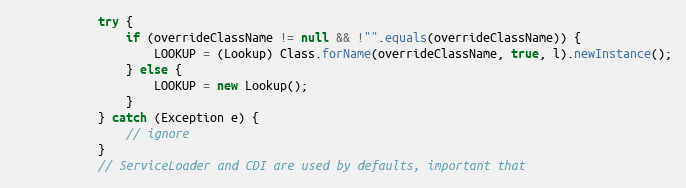
Language: Java
            try {
                if (overrideClassName != null && !"".equals(overrideClassName)) {
                    LOOKUP = (Lookup) Class.forName(overrideClassName, true, l).newInstance();
                } else {
                    LOOKUP = new Lookup();
                }
            } catch (Exception e) {
                // ignore
            }
            // ServiceLoader and CDI are used by defaults, important that